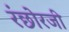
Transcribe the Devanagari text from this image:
रंछोरजी